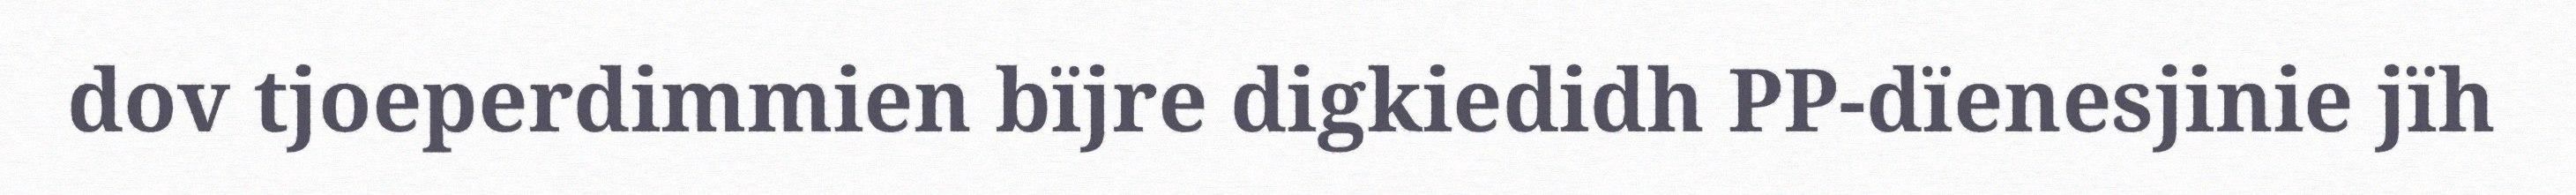
dov tjoeperdimmien bïjre digkiedidh PP-dïenesjinie jïh